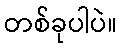
တစ်ခုပါပဲ။